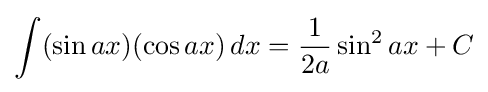
\int (\sin ax)(\cos ax)\,dx={\frac {1}{2a}}\sin ^{2}ax+C